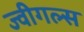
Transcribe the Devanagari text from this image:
ज्वीगल्स